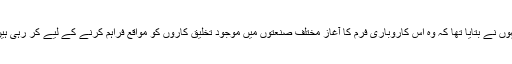
انہوں نے بتایا تھا کہ وہ اس کاروباری فرم کا آغاز مختلف صنعتوں میں موجود تخلیق کاروں کو مواقع فراہم کرنے کے لیے کر رہی ہیں۔